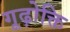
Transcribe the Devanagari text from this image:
गूढ़ोक्ति